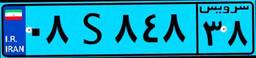
۰۸S۸۴۸۳۸